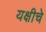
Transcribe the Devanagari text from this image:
यक्षीचे